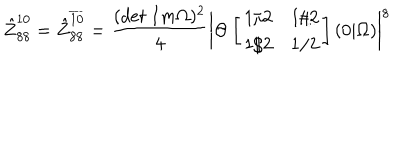
LaTeX: \hat { Z } _ { 8 8 } ^ { 1 0 } = \hat { Z } _ { 8 8 } ^ { \overline { { { 1 0 } } } } = \frac { ( d e t \ I m \Omega ) ^ { 2 } } { 4 } \biggl \vert \Theta \left[ \begin{array} { l l } { { 1 / 2 } } & { { 1 / 2 } } \\ { { 1 / 2 } } & { { 1 / 2 } } \\ \end{array} \right] ( 0 \vert \Omega ) \biggr \vert ^ { 8 }